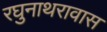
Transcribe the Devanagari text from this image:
रघुनाथरावास